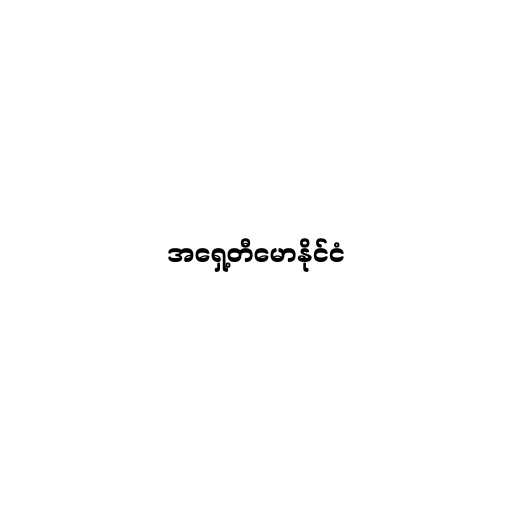
အရှေ့တီမောနိုင်ငံ